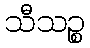
သီသဉ္စ